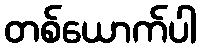
တစ်ယောက်ပါ